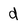
Character: d